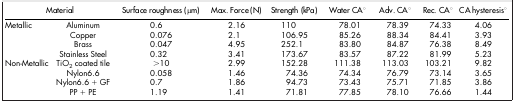
<table><thead><tr><td colspan="2"><b>Material</b></td><td><b>Surface roughness (μm)</b></td><td><b>Max. Force (N)</b></td><td><b>Strength (kPa)</b></td><td><b>Water CA°</b></td><td><b>Adv. CA°</b></td><td><b>Rec. CA°</b></td><td><b>CA hysteresis°</b></td></tr></thead><tbody><tr><td>Metallic</td><td>Aluminum</td><td>0.6</td><td>2.16</td><td>110</td><td>78.01</td><td>78.39</td><td>74.33</td><td>4.06</td></tr><tr><td> </td><td>Copper</td><td>0.076</td><td>2.1</td><td>106.95</td><td>85.26</td><td>88.34</td><td>84.41</td><td>3.93</td></tr><tr><td> </td><td>Brass</td><td>0.047</td><td>4.95</td><td>252.1</td><td>83.80</td><td>84.87</td><td>76.38</td><td>8.49</td></tr><tr><td> </td><td>Stainless Steel</td><td>0.32</td><td>3.41</td><td>173.67</td><td>83.57</td><td>87.22</td><td>81.99</td><td>5.23</td></tr><tr><td>Non-Metallic</td><td>TiO<sub>2</sub> coated tile</td><td>&gt;10</td><td>2.99</td><td>152.28</td><td>111.38</td><td>113.03</td><td>103.21</td><td>9.82</td></tr><tr><td> </td><td>Nylon6.6</td><td>0.058</td><td>1.46</td><td>74.36</td><td>74.34</td><td>76.79</td><td>73.14</td><td>3.65</td></tr><tr><td> </td><td>Nylon6.6 + GF</td><td>0.7</td><td>1.86</td><td>94.73</td><td>73.43</td><td>75.71</td><td>71.85</td><td>3.86</td></tr><tr><td> </td><td>PP + PE</td><td>1.19</td><td>1.41</td><td>71.81</td><td>77.85</td><td>78.10</td><td>76.66</td><td>1.44</td></tr></tbody></table>